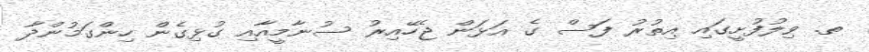
ތ. ވިލުފުށީގައި އިތުރު ފަސް ގެ އަޅަން ޖެހޭއިރު ސުނާމީއާއި ގުޅިގެން ހިންގަމުންދާ